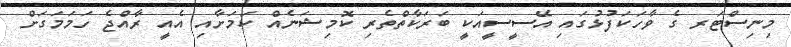
މިނިސްޓަރ ގެ ވާހަކަފުޅުގައި އޭސީސީއަކީ ބަރަކާތްތެރި ކޮމިޝަނެއް ކަމަށާއި އެއީ ރާއްޖެ ހަމަމަގަށް